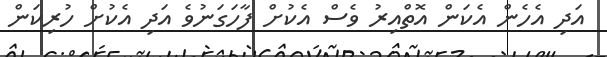
އަދި އެހެން އެކަން އޮތްއިރު ވެސް އެކުށް ފާހަގަނުވެ އަދި އެކުށް ހުރިކަން